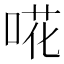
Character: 𠵅